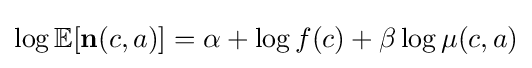
\log \mathbb {E} [\mathbf {n} (c,a)]=\alpha +\log f(c)+\beta \log \mu (c,a)